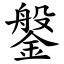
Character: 鎜